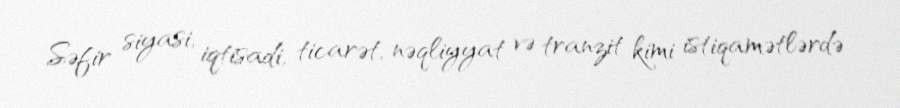
Səfir siyasi, iqtisadi, ticarət, nəqliyyat və tranzit kimi istiqamətlərdə